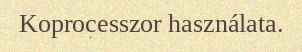
Koprocesszor használata.